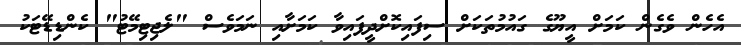
އެހެން ވެގެން ކަމަށް އީޔޫގެ ގައުމުތަކަށް ސިފައިކޮށްދީފައިވާ ކަމަށާއި ނަމަވެސް "ލެޖިޓިމޭޓު" ކެންޑިޑޭޓަކު